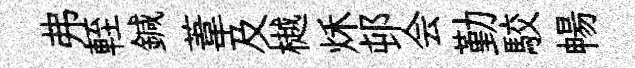
弗輊鍼葦及樾秌邨会勤駮暢